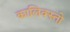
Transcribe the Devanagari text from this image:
कालिक्स्तो